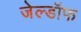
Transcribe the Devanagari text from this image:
जेल्डॉफ